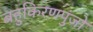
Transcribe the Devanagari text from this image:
बहुकिरणपुंजों